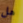
هل